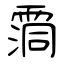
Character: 霘